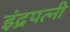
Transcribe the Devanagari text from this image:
इंद्रपत्‍नी